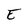
Character: E